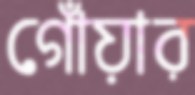
গোঁয়ার